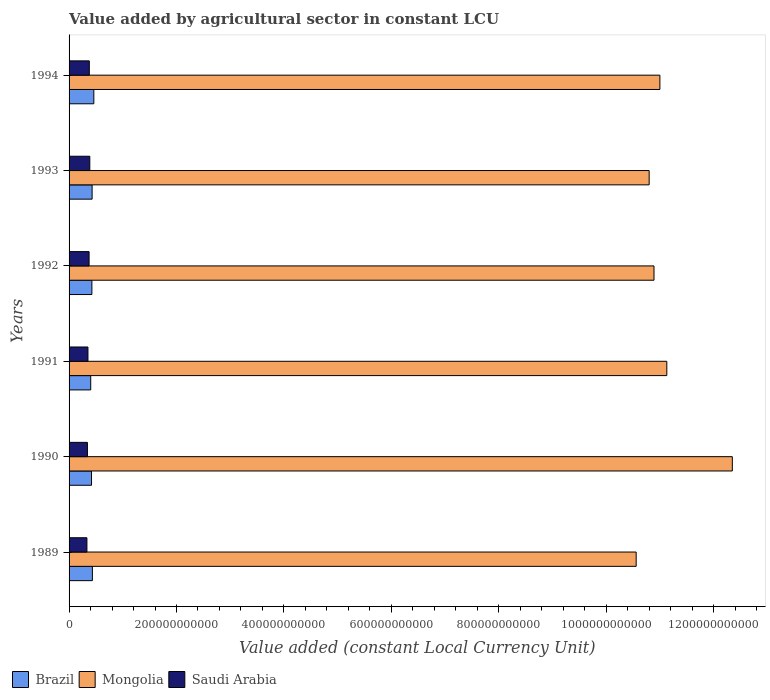
| Years | Brazil | Mongolia | Saudi Arabia |
 | --- | --- | --- | --- |
 | 1989 | 4.34e+10 | 1.06e+12 | 3.32e+10 |
 | 1990 | 4.18e+10 | 1.23e+12 | 3.42e+10 |
 | 1991 | 4.03e+10 | 1.11e+12 | 3.51e+10 |
 | 1992 | 4.25e+10 | 1.09e+12 | 3.73e+10 |
 | 1993 | 4.29e+10 | 1.08e+12 | 3.86e+10 |
 | 1994 | 4.61e+10 | 1.1e+12 | 3.77e+10 |